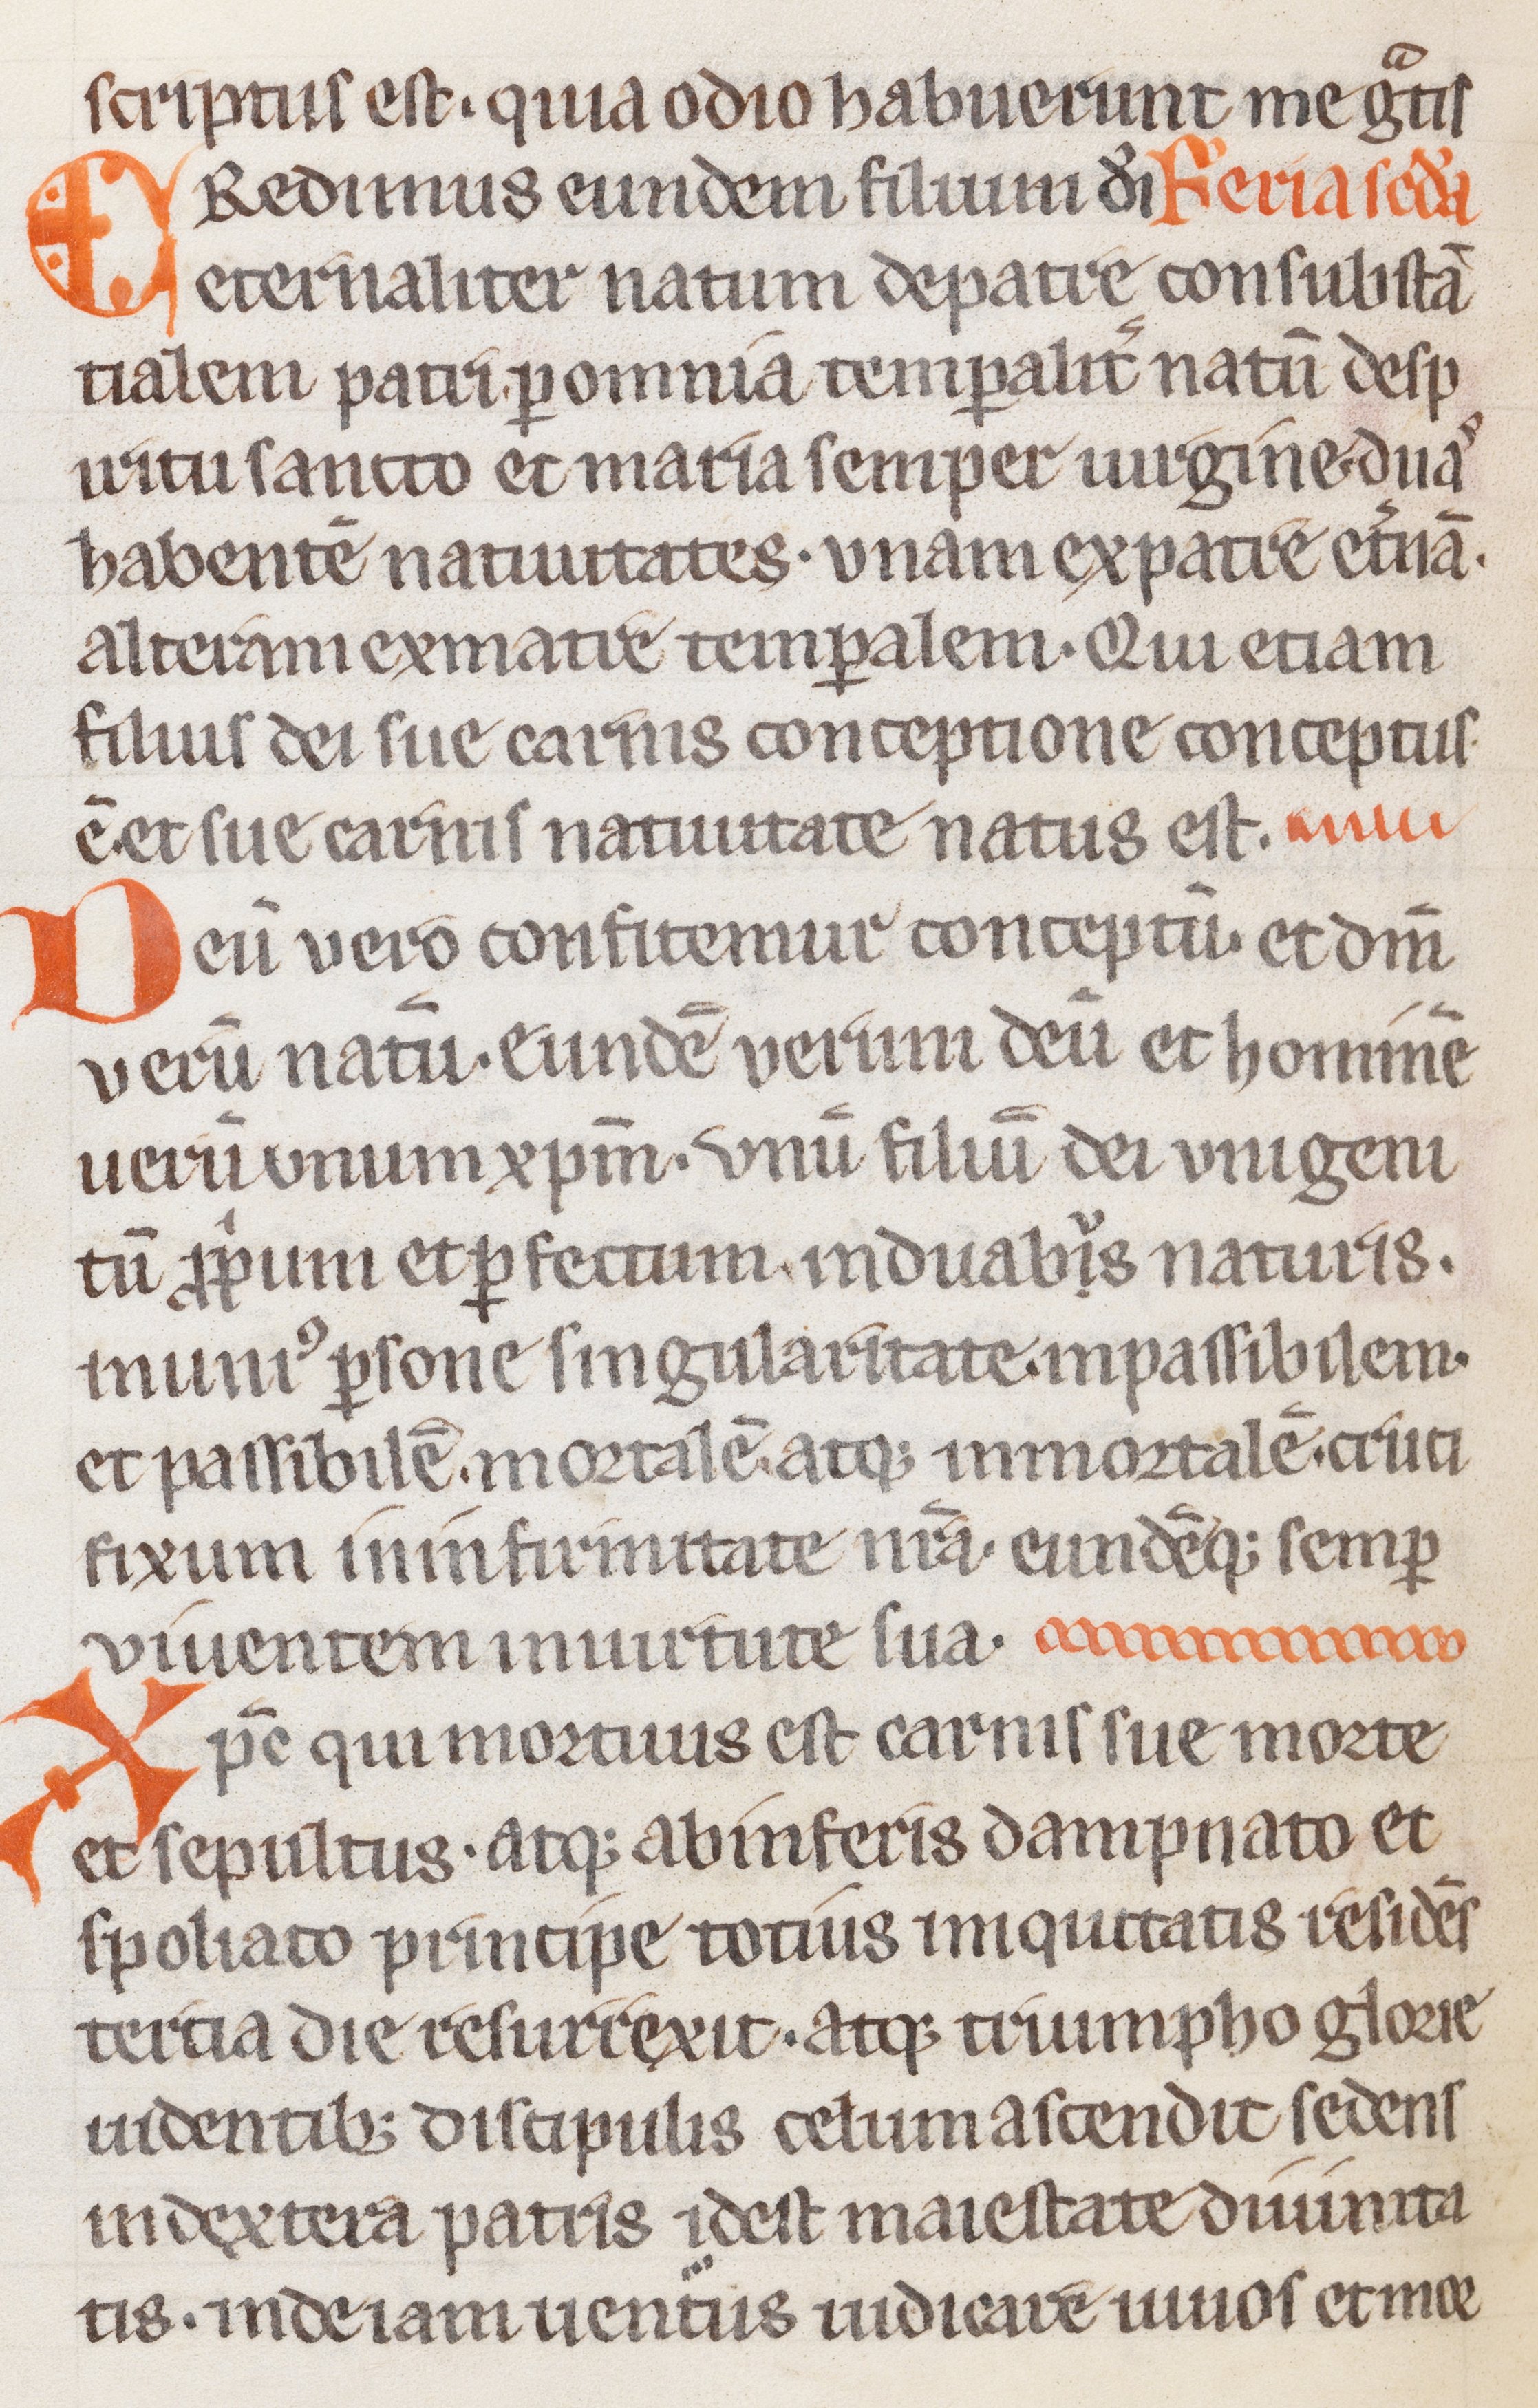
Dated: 1200–1299